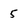
Character: 5